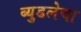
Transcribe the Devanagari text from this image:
ब्युडलेचा